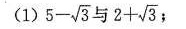
(1)$$5 - \sqrt { 3 }$$与$$2 + \sqrt { 3 }$$;